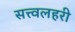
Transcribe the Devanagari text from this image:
सत्त्वलहरी